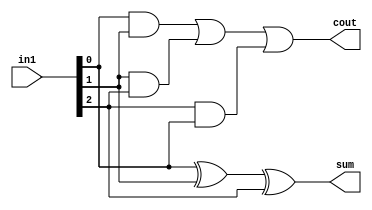
`timescale 1ns / 1ps
//////////////////////////////////////////////////////////////////////////////////
// Company: 
// Engineer: 
// 
// Design Name: 
// Module Name:    full_adder 
// Project Name: 
// Target Devices: 
// Tool versions: 
// Description: 
//
// Dependencies: 
//
// Revision: 
// Revision 0.01 - File Created
// Additional Comments: 
//
//////////////////////////////////////////////////////////////////////////////////
module full_adder(in1, sum, cout);

input [2:0] in1;
output sum ;
output cout ;

assign sum = (in1[0] ^in1[1] ^in1[2]) ;
assign cout = ((in1[0] &in1[1]) | (in1[1] &in1[2]) |(in1[2] &in1[0])) ;


endmodule